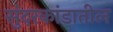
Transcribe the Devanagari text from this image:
सुंदरकांडातील